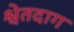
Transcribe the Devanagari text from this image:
श्वेतदाग